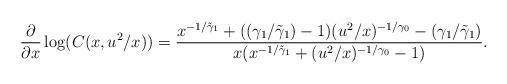
LaTeX: \begin{align*}\frac{\partial}{\partial x}\log(C(x,u^2/x)) =\frac{x^{-1/\tilde{\gamma}_1}+((\gamma_1 / \tilde{\gamma}_1)-1)(u^2/x)^{-1/{\gamma}_0}-(\gamma_1 / \tilde{\gamma}_1)}{x(x^{-1/\tilde{\gamma}_1}+(u^2/x)^{-1/{\gamma}_0}-1)}.\end{align*}